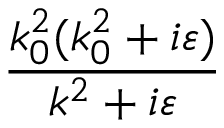
\frac { k _ { 0 } ^ { 2 } ( k _ { 0 } ^ { 2 } + i \varepsilon ) } { k ^ { 2 } + i \varepsilon }